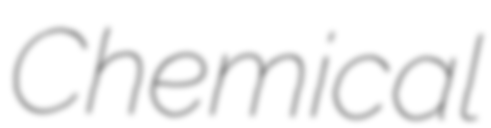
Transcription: Chemical